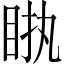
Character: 𥅿